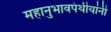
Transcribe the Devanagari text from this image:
महानुभावपंथीयांनी